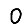
Digit: 0